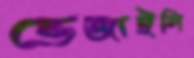
ভেজাইলি